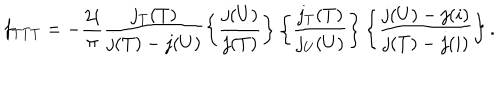
LaTeX: f _ { T T T } = - { \frac { 2 i } { \pi } } \frac { j _ { T } ( T ) } { j ( T ) - j ( U ) } \left\{ \frac { j ( U ) } { j ( T ) } \right\} \left\{ \frac { j _ { T } ( T ) } { j _ { U } ( U ) } \right\} \left\{ \frac { j ( U ) - j ( i ) } { j ( T ) - j ( i ) } \right\} .